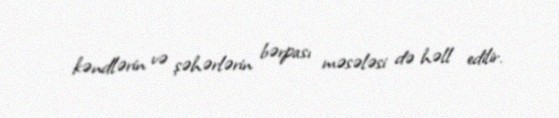
kəndlərin və şəhərlərin bərpası məsələsi də həll edilir.